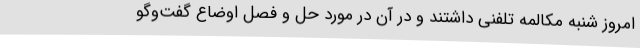
امروز شنبه مکالمه تلفنی داشتند و در آن در مورد حل و فصل اوضاع گفت‌وگو